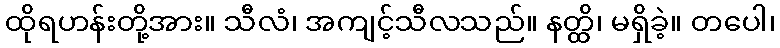
ထိုရဟန်းတို့အား။ သီလံ၊ အကျင့်သီလသည်။ နတ္ထိ၊ မရှိခဲ့။ တပေါ၊